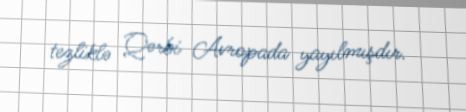
tezliklə Qərbi Avropada yayılmışdır.